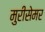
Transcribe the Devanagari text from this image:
मुरीसेमर